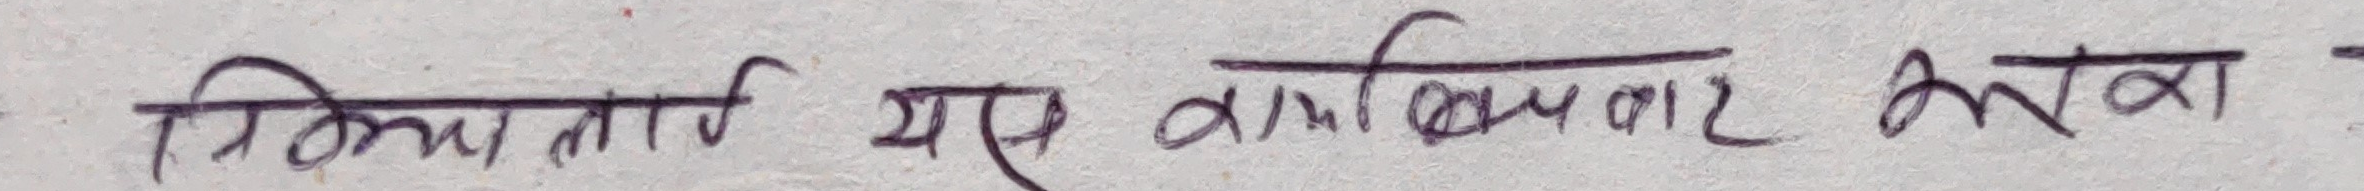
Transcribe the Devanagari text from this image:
विद्यार्थी यस जानकारी लिनुहोला ।